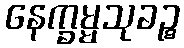
နေက္ခမ္မသုခဉ္စ